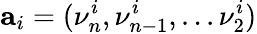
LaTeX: \textbf{a}_{i}=(\nu_{n}^{i},\nu_{n-1}^{i},...\nu_{2}^{i})